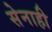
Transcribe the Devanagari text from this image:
सेनाही